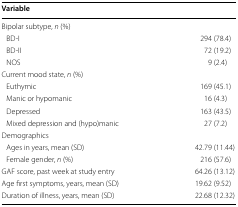
<table><thead><tr><td><b>Variable</b></td><td></td></tr></thead><tbody><tr><td colspan="2">Bipolar subtype, <i>n</i> (%)</td></tr><tr><td> BD-I</td><td>294 (78.4)</td></tr><tr><td> BD-II</td><td>72 (19.2)</td></tr><tr><td> NOS</td><td>9 (2.4)</td></tr><tr><td colspan="2">Current mood state, <i>n</i> (%)</td></tr><tr><td> Euthymic</td><td>169 (45.1)</td></tr><tr><td> Manic or hypomanic</td><td>16 (4.3)</td></tr><tr><td> Depressed</td><td>163 (43.5)</td></tr><tr><td> Mixed depression and (hypo)manic</td><td>27 (7.2)</td></tr><tr><td colspan="2">Demographics</td></tr><tr><td> Ages in years, mean (SD)</td><td>42.79 (11.44)</td></tr><tr><td> Female gender, <i>n</i> (%)</td><td>216 (57.6)</td></tr><tr><td>GAF score, past week at study entry</td><td>64.26 (13.12)</td></tr><tr><td>Age first symptoms, years, mean (SD)</td><td>19.62 (9.52)</td></tr><tr><td>Duration of illness, years, mean (SD)</td><td>22.68 (12.32)</td></tr></tbody></table>